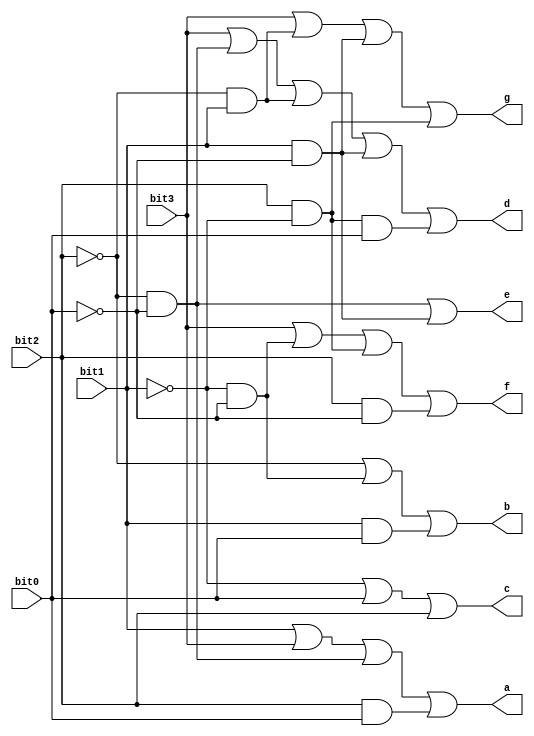
// 1: on, 0: off
// use inverter is the LED is ACTIVE LOW
module display_sseg(
  input bit3, bit2, bit1, bit0,
  output a, b, c, d, e, f, g
);

  assign a = bit1 | bit3 | (~bit2 & ~bit0) | (bit2 & bit0);

  assign b = ~bit2 | (~bit1 & ~bit0) | (bit1 & bit0);
  
  assign c = ~bit1 | bit0 | bit2;

  assign d = bit3 | (~bit2 & ~bit0) | (~bit2 & bit1) | (bit1 & ~bit0) | (bit2 & ~bit1 & bit0);
  
  assign e = (~bit2 & ~bit0) | (bit1 & ~bit0);
  
  assign f = bit3 | (~bit1 & ~bit0) | (bit2 & ~bit1) | (bit2 & ~bit0);
  
  assign g = bit3 | (~bit2 & bit1) | (bit1 & ~bit0) | (bit2 & ~bit1);

endmodule